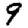
Digit: 9